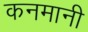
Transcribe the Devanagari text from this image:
कनमानी